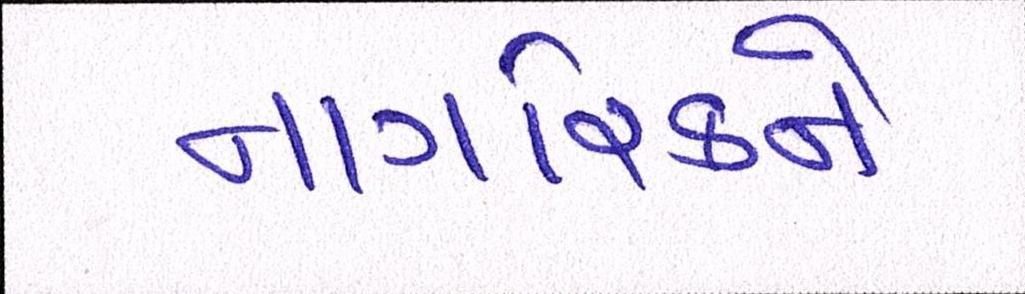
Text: નાગરિકને